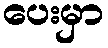
ပေးမှာ